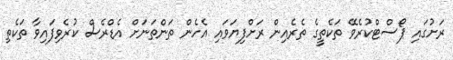
ރަށުގައި ޕޯސްޓްކުރެވޭ ތަކެތީގެ ތެރެއިން ރަށްފިޔަވައި އެހެން ތަންތަނަށް އެޑްރެސް ކުރެވިފައިވާ ތަކެތި